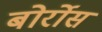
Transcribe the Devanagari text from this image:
बोर्रोस